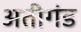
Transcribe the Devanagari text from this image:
अतीगंड